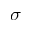
\sigma